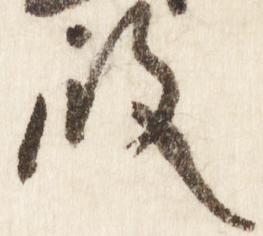
殿